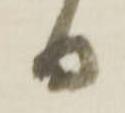
日